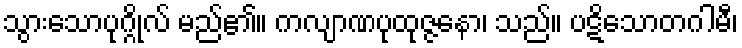
သွားသောပုဂ္ဂိုလ် မည်၏။ ကလျာဏပုထုဇ္ဇနော၊ သည်။ ပဋိသောတဂါမီ၊